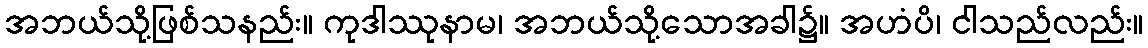
အဘယ်သို့ဖြစ်သနည်း။ ကုဒါဿုနာမ၊ အဘယ်သို့သောအခါ၌။ အဟံပိ၊ ငါသည်လည်း။